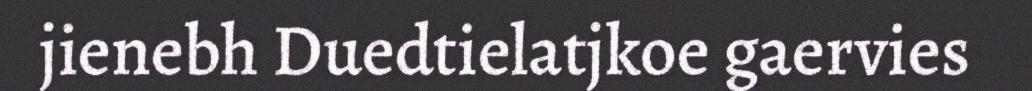
jienebh Duedtielatjkoe gaervies